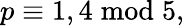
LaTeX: p\equiv 1,4{\bmod{5}},